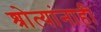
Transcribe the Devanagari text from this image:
श्रोत्यांनाही